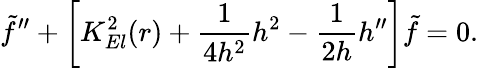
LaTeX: {\tilde{f}}^{\prime\prime}+\left[K_{El}^{2}(r)+\frac{1}{4h^{2}}h^{2}-\frac{1}{2h}h^{\prime\prime}\right]{\tilde{f}}=0.